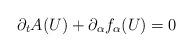
LaTeX: \begin{align*}\partial_t A(U) +\partial_{\alpha}f_{\alpha}(U)=0\end{align*}